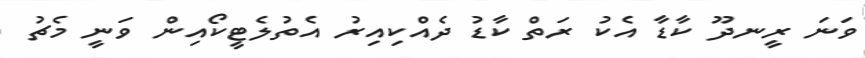
ވަނަ ރީނދޫ ކާޑާ އެކު ރަތް ކާޑު ދެއްކިއިރު އެތުލެޓީކޯއިން ވަނީ މެޗު